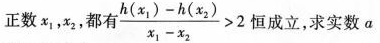
正数 x＿{1}，x＿{2}，都有” $$\frac { h ( x _ { 1 } ) - h ( x _ { 2 } ) } { x _ { 1 } - x _ { 2 } } > 2$$ 恒成立，求实数a